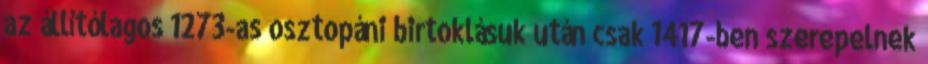
az állítólagos 1273-as osztopáni birtoklásuk után csak 1417-ben szerepelnek